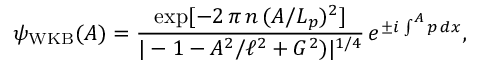
\psi _ { \mathrm { W K B } } ( A ) = \frac { \exp [ - 2 \, \pi \, n \, ( A / L _ { p } ) ^ { 2 } ] } { | - 1 - A ^ { 2 } / \ell ^ { 2 } + G ^ { 2 } ) | ^ { 1 / 4 } } \, e ^ { \pm i \, \int ^ { A } p \, d x } ,